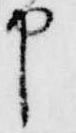
申